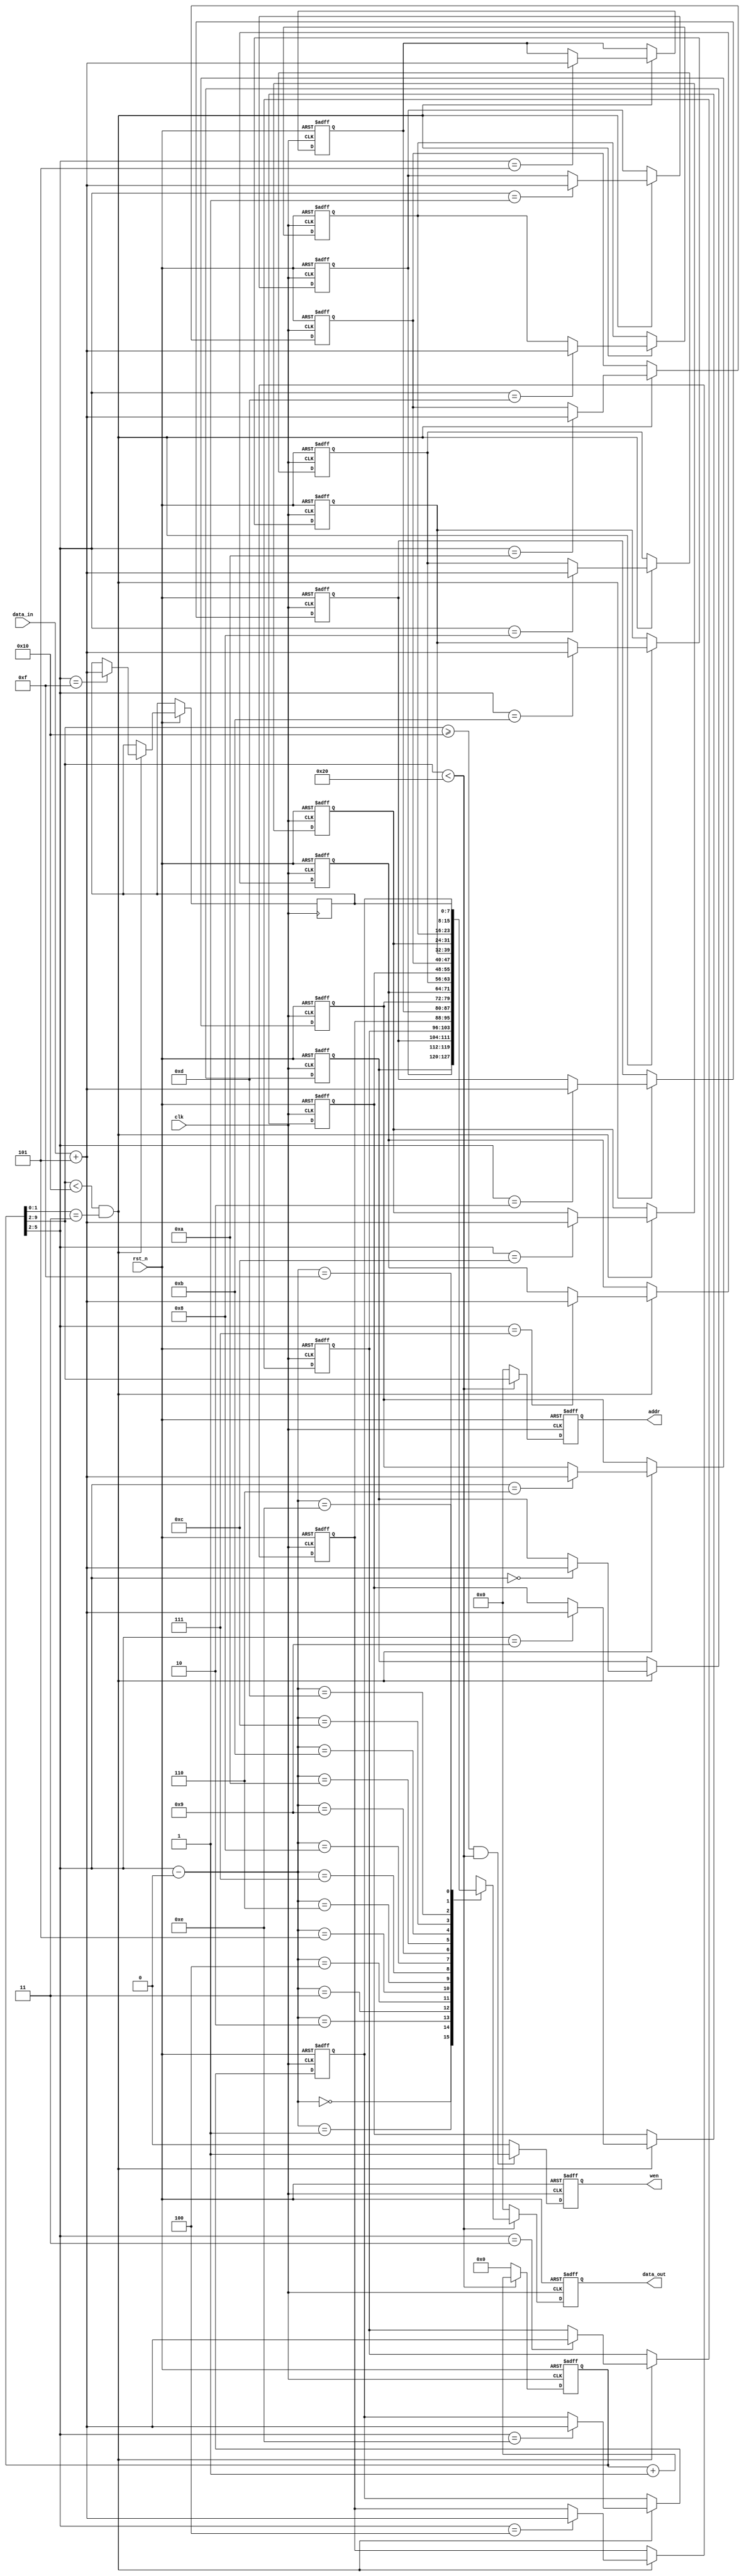
`timescale 1ns / 1ps

module qspi_adder#(
parameter addr_width = 8
)(
input clk,
input rst_n,
//RAM 
output reg [addr_width-1:0] addr,
input [7:0]data_in,
output reg [7:0] data_out,
output reg wen
);
//registers & wire
reg [9:0] count; 
wire [7:0] rcount;//0x00 ~ 0x0f : get the data ; 0x10 ~ 0x1f : output the data to RAM
assign rcount = count[9:2];
//count: counter of clk
always @(posedge clk,negedge rst_n)
begin
    if (!rst_n)
        count <= 0;
    else
        if (rcount < 32)
            count <= count + 1;
        else
            count <= 0;
end
//addr: address to RAM, address change while count[1:0] == 2'b00, data store while count[1:0] == 2'b11
always @(posedge clk,negedge rst_n)
begin
    if (!rst_n)
        addr <= 0;
    else
        if (rcount < 32)
            addr <= rcount;
        else
            addr <= 0;
end
//mem:  plus 5 while get the data from data_in and store the data in 0x00 ~ 0x0f
reg [7:0] mem [0:15];
integer i;
always @(posedge clk,negedge rst_n)
begin
    if (!rst_n)
    begin
        for (i=0;i<15;i=i+1)
            mem[i] <= 0;
    end
    else
        if ((rcount < 16)&&(count[1:0] == 2'b11))
            mem[rcount] <= data_in + 5;
end
//data_out: output the data in mem
always @(posedge clk,negedge rst_n)
begin
    if (!rst_n)
        data_out <= 0;
    else
        if (rcount < 32)
            data_out <= mem[rcount-16];
        else
            data_out <= 0;
end
//wen: write enable of RAM
always @(posedge clk,negedge rst_n)
begin
    if (!rst_n)
    begin
        wen <= 0;
    end
    else
        if ((rcount >= 16)&&(rcount < 32))
            wen <= 1;
        else
            wen <= 0;
end
endmodule